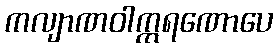
ကလျာဏဝါက္ကရဏောပေ